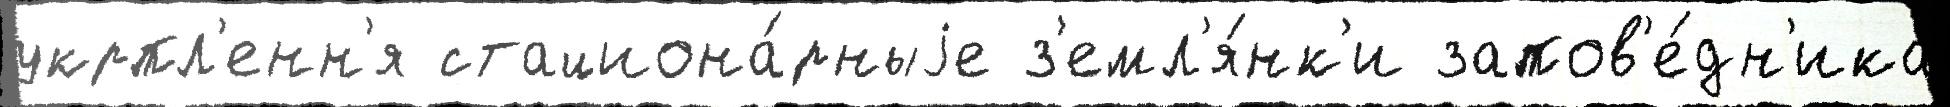
укрпл'енн'я стациона́рныjе з'емл'я́нк'и запов'е́дн'ика